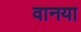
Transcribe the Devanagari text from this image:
वानया